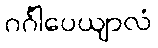
ဂင်္ဂါပေယျာလံ